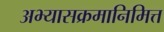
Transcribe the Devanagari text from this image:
अभ्यासक्रमानिमित्त